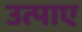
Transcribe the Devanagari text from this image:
उत्पाए